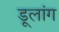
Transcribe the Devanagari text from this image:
डूलांग